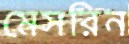
মেসরিন